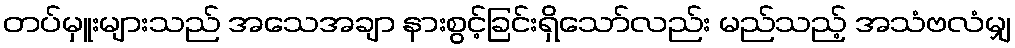
တပ်မှူးများသည် အသေအချာ နားစွင့်ခြင်းရှိသော်လည်း မည်သည့် အသံဗလံမျှ